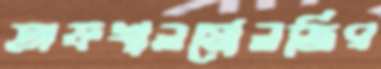
অফথালমোলজির